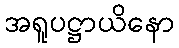
အရူပဋ္ဌာယိနော